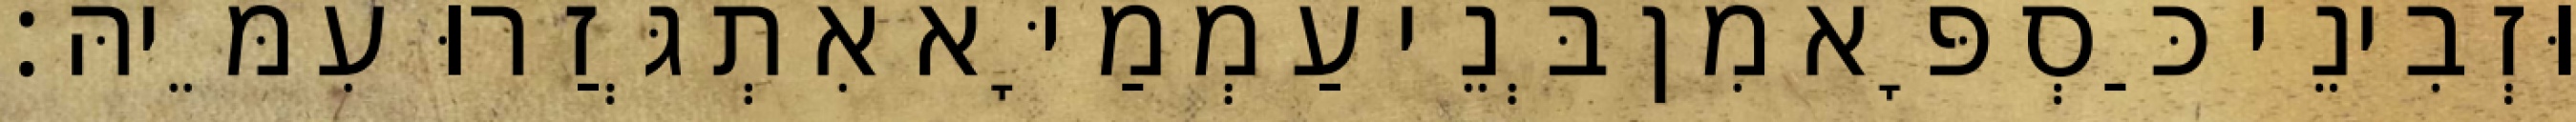
וּזְבִינֵי כַּסְפָּא מִן בְּנֵי עַמְמַיָּא אִתְגְּזַרוּ עִמֵּיהּ׃